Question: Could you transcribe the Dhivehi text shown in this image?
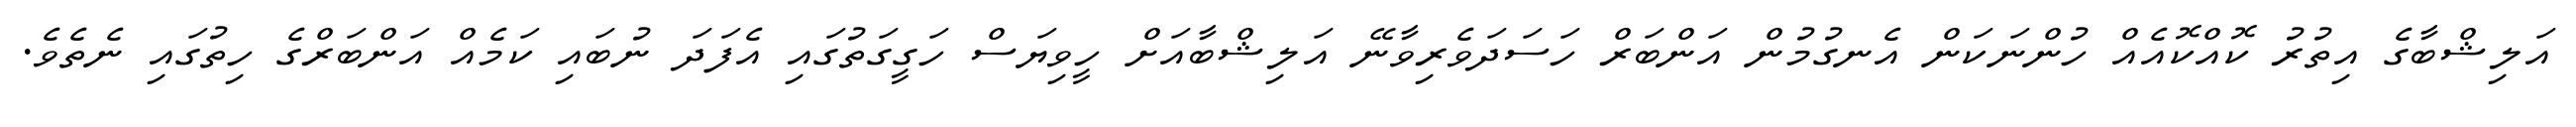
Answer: އަލިޝްބާގެ އިތުރު ކޮއްކޮއެއް ހުންނަކަން އެނގުމުން އަންބަރް ހަސަދަވެރިވާނޭ އަލިޝްބާއަށް ހީވިޔަސް ހަގީގަތުގައި އެފަދަ ނުބައި ކަމެއް އަންބަރްގެ ހިތުގައި ނެތެވެ.